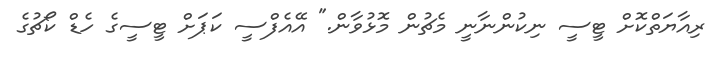
ރިއާޔަތްކޮށް ޓީސީ ނިކުންނާނީ މެޗުން މޮޅުވާން." އޭއެފްސީ ކަޕަށް ޓީސީގެ ހެޑް ކޯޗުގެ